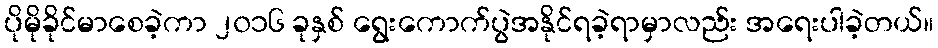
ပိုမိုခိုင်မာစေခဲ့ကာ ၂၀၁၆ ခုနှစ် ရွေးကောက်ပွဲအနိုင်ရခဲ့ရာမှာလည်း အရေးပါခဲ့တယ်။